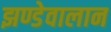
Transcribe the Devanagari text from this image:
झण्डेवालान